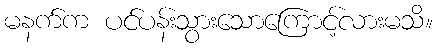
မနက်က ပင်ပန်းသွားသောကြောင့်လားမသိ။